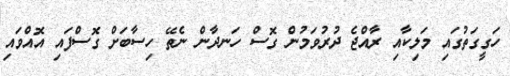
ހަގީގަތުގައި މަލިކާއި ރާއްޖެ ދުރުވަމުން ގޮސްް ހަނދާން ނެތޭ ހިސާބަށް ގޮސްފައި އޮއްވައި